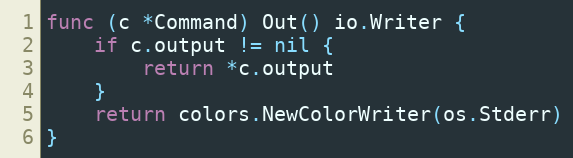
Language: Go
func (c *Command) Out() io.Writer {
	if c.output != nil {
		return *c.output
	}
	return colors.NewColorWriter(os.Stderr)
}